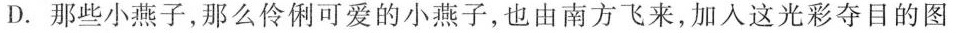
D.那些小燕子，那么伶俐可爱的小燕子，也由南方飞来，加入这光彩夺目的图